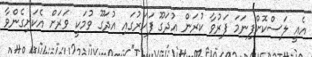
އެއީ ލަސްކޮށްފިނަމަ ފަރުވާ ކުރަން އުދަގޫ ފަހަރުގައި އުދަގޫ ވުމަކީ ވަރަށް އެކަށިގެންވާ